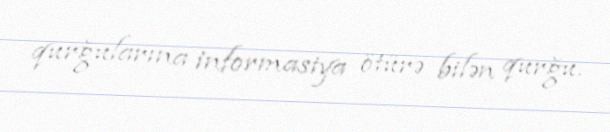
qurğularına informasiya ötürə bilən qurğu.